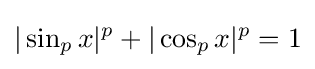
|\sin _{p}x|^{p}+|\cos _{p}x|^{p}=1